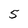
Character: 5